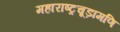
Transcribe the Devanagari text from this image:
महाराष्ट्रचूड़ामणि